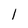
Character: l